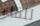
للقاء